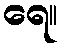
ရေ။